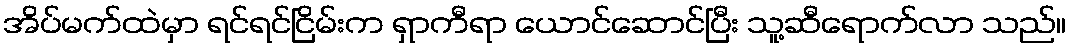
အိပ်မက်ထဲမှာ ရင်ရင်ငြိမ်းက ရှာကီရာ ယောင်ဆောင်ပြီး သူ့ဆီရောက်လာ သည်။